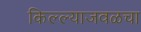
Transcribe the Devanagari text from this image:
किल्ल्याजवळचा